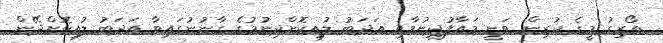
ތޯރިގު މީގެ ކުރިން ވަނީ މައާފުދިނުމާއި އަދަބު ލުއިކޮށްދިނުމުގެ ގާނުނުގައިވާ އަދަބު ލުއިކޮށްދޭން